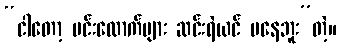
“ငါတော့ မင်းလောက်များ ဆင်းရဲယင် မနေဘူး”တဲ့။